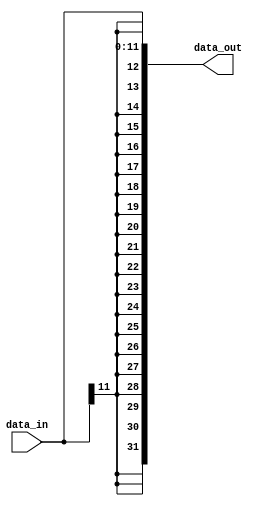

module sign_extend #(
  parameter IW = 12,
  parameter OW = 32
)(
  input [IW - 1:0] data_in,
  output wire [OW - 1:0] data_out
);
  localparam DIFF = OW - IW;
  
  assign data_out = {{DIFF{data_in[IW - 1]}}, data_in};

endmodule